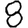
Digit: 8